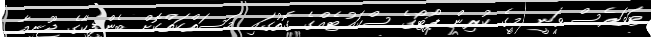
ޓަވަރެސް ވަނީ މީގެ ކުރިން ޕޯޓޯގެ ސްކައުޓެއްގެ ގޮތުގައި މަސަތްކަތްކޮށް ބެންފީކާގެ ޖޫނިއާ